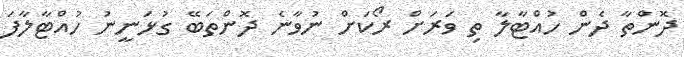
ދޮންތާ ދެން ހުއްޓާލާ ތި ވަރަށް ރޯކަށް ނުވާނެ ދޮންތަބޭ ގުޅަނީނު ހުއްޓާލާފަ